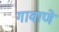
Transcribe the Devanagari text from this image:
गावाणे